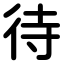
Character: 待